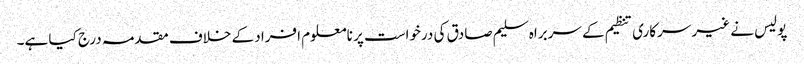
پولیس نے غیر سرکاری تنظیم کے سربراہ سلیم صادق کی درخواست پر نامعلوم افراد کے خلاف مقدمہ درج کیا ہے۔